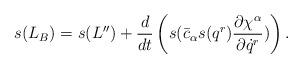
LaTeX: \begin{align*}s(L_B) = s(L'') + \frac{d}{dt} \left( s( \bar{c}_\alpha s(q^r)\frac{\partial \chi^\alpha}{\partial \dot q^r}) \right) . \end{align*}